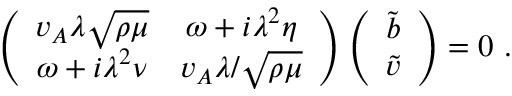
\left( \begin{array} { c c } { v _ { A } \lambda \sqrt { \rho \mu } } & { \omega + i \lambda ^ { 2 } \eta } \\ { \omega + i \lambda ^ { 2 } \nu } & { v _ { A } \lambda / \sqrt { \rho \mu } } \end{array} \right) \left( \begin{array} { c } { \tilde { b } } \\ { \tilde { v } } \end{array} \right) = 0 ~ .